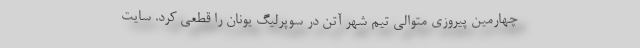
چهارمین پیروزی متوالی تیم شهر آتن در سوپرلیگ یونان را قطعی کرد. سایت